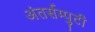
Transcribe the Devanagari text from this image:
अंतर्सम्पुटी